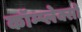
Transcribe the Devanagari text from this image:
कॉम्प्लेक्सों